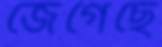
জেগেছে